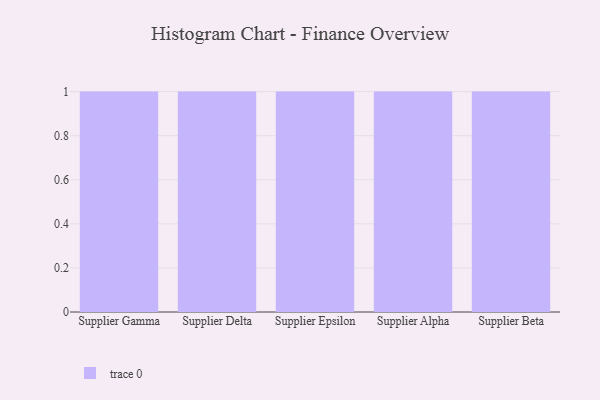
{"axis": {"x": "Supplier", "y": "LTV (USD)"}, "legend": [""], "data": [{"x": "Supplier Gamma", "y": 17, "type": ""}, {"x": "Supplier Delta", "y": 74, "type": ""}, {"x": "Supplier Epsilon", "y": 50, "type": ""}, {"x": "Supplier Alpha", "y": 7, "type": ""}, {"x": "Supplier Beta", "y": 2, "type": ""}]}